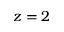
z = 2